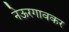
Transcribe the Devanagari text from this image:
नेऊरगावकर